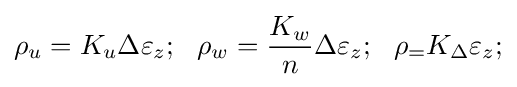
\rho _{u}=K_{u}\Delta \varepsilon _{z};\ \ \rho _{w}={\frac {K_{w}}{n}}\Delta \varepsilon _{z};\ \ \rho _{=}K_{\Delta }\varepsilon _{z};